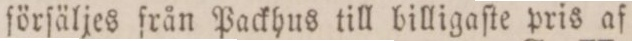
förſäljes från Packhus till billigaſte pris af